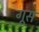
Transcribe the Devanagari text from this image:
गूस